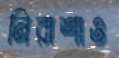
নিরাশাও